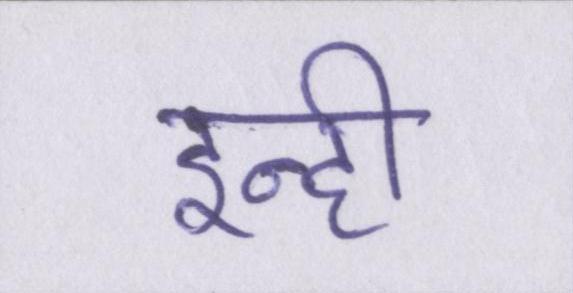
इन्ही